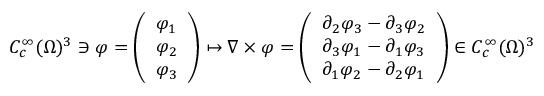
C _ { c } ^ { \infty } ( \Omega ) ^ { 3 } \ni \varphi = \left( \begin{array} { l } { \varphi _ { 1 } } \\ { \varphi _ { 2 } } \\ { \varphi _ { 3 } } \end{array} \right) \mapsto \nabla \times \varphi = \left( \begin{array} { l } { \partial _ { 2 } \varphi _ { 3 } - \partial _ { 3 } \varphi _ { 2 } } \\ { \partial _ { 3 } \varphi _ { 1 } - \partial _ { 1 } \varphi _ { 3 } } \\ { \partial _ { 1 } \varphi _ { 2 } - \partial _ { 2 } \varphi _ { 1 } } \end{array} \right) \in C _ { c } ^ { \infty } ( \Omega ) ^ { 3 }